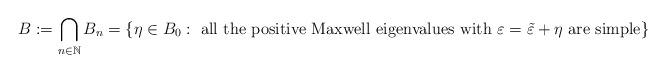
LaTeX: \begin{align*}B:= \bigcap_{n \in \mathbb{N}}B_n = \left\{ \eta \in B_0: \mbox{ all the positive Maxwell eigenvalues with $\varepsilon =\tilde \varepsilon +\eta$ are simple}\right\}\end{align*}